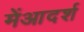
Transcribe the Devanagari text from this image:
मेंआदर्श